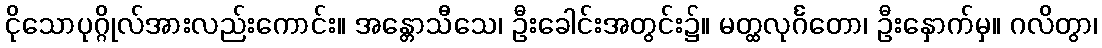
ငိုသောပုဂ္ဂိုလ်အားလည်းကောင်း။ အန္တောသီသေ၊ ဦးခေါင်းအတွင်း၌။ မတ္ထလုင်္ဂတော၊ ဦးနှောက်မှ။ ဂလိတွာ၊